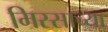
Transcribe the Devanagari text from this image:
मिस्साच्या